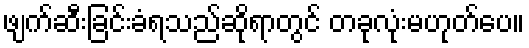
ဖျက်ဆီးခြင်းခံရသည်ဆိုရာတွင် တခုလုံးမဟုတ်ပေ။